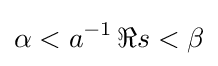
\alpha <a^{-1}\,\Re s<\beta